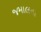
જમાલના